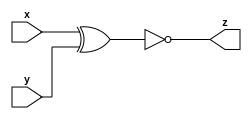
module top_module ( 
    input x, input y, output z 
);

/**
    TruthTable
    n  x  y  z
    0  0  0  1
    1  0  1  0  
    2  1  0  0
    3  1  1  1

 

**/
    assign z = ~(x ^ y);

endmodule